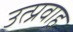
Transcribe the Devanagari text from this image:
उत्प्रवाह